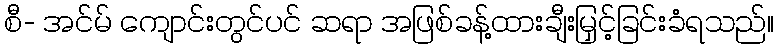
စီ- အင်မ် ကျောင်းတွင်ပင် ဆရာ အဖြစ်ခန့်ထားချီးမြှင့်ခြင်းခံရသည်။